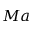
M a